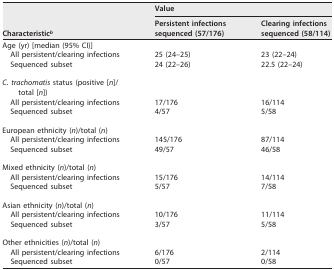
| <ROWSPAN=2> Characteristicb | <COLSPAN=2> Value |
 | Persistent infections sequenced (57/176) | Clearing infections sequenced (58/114) |
 | --- | --- | --- |
 | Age (yr) [median (95% CI)] |  |  |
 | All persistent/clearing infections | 25 (24–25) | 23 (22–24) |
 | Sequenced subset | 24 (22–26) | 22.5 (22–24) |
 | C. trachomatis status (positive [n]/total [n]) |  |  |
 | All persistent/clearing infections | 17/176 | 16/114 |
 | Sequenced subset | 4/57 | 5/58 |
 | European ethnicity (n)/total (n) |  |  |
 | All persistent/clearing infections | 145/176 | 87/114 |
 | Sequenced subset | 49/57 | 46/58 |
 | Mixed ethnicity (n)/total (n) |  |  |
 | All persistent/clearing infections | 15/176 | 14/114 |
 | Sequenced subset | 5/57 | 7/58 |
 | Asian ethnicity (n)/total (n) |  |  |
 | All persistent/clearing infections | 10/176 | 11/114 |
 | Sequenced subset | 3/57 | 5/58 |
 | Other ethnicities (n)/total (n) |  |  |
 | All persistent/clearing infections | 6/176 | 2/114 |
 | Sequenced subset | 0/57 | 0/58 |